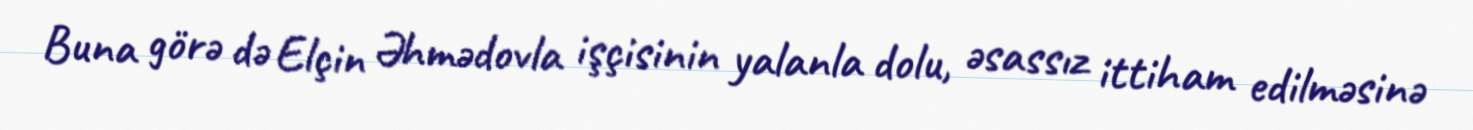
Buna görə də Elçin Əhmədovla işçisinin yalanla dolu, əsassız ittiham edilməsinə